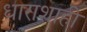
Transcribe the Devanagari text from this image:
धाराशाही